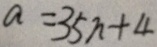
a = 3 5 n + 4